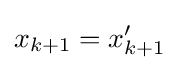
x_{k+1}=x'_{k+1}